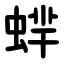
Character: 蝆